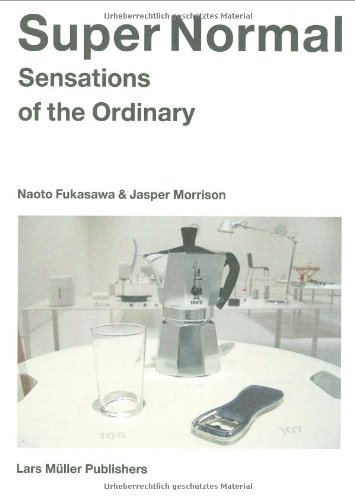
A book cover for Super Normal: Sensations of the Ordinary; Naoto Fukasawa; Arts & Photography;